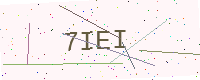
Text: 7IEI